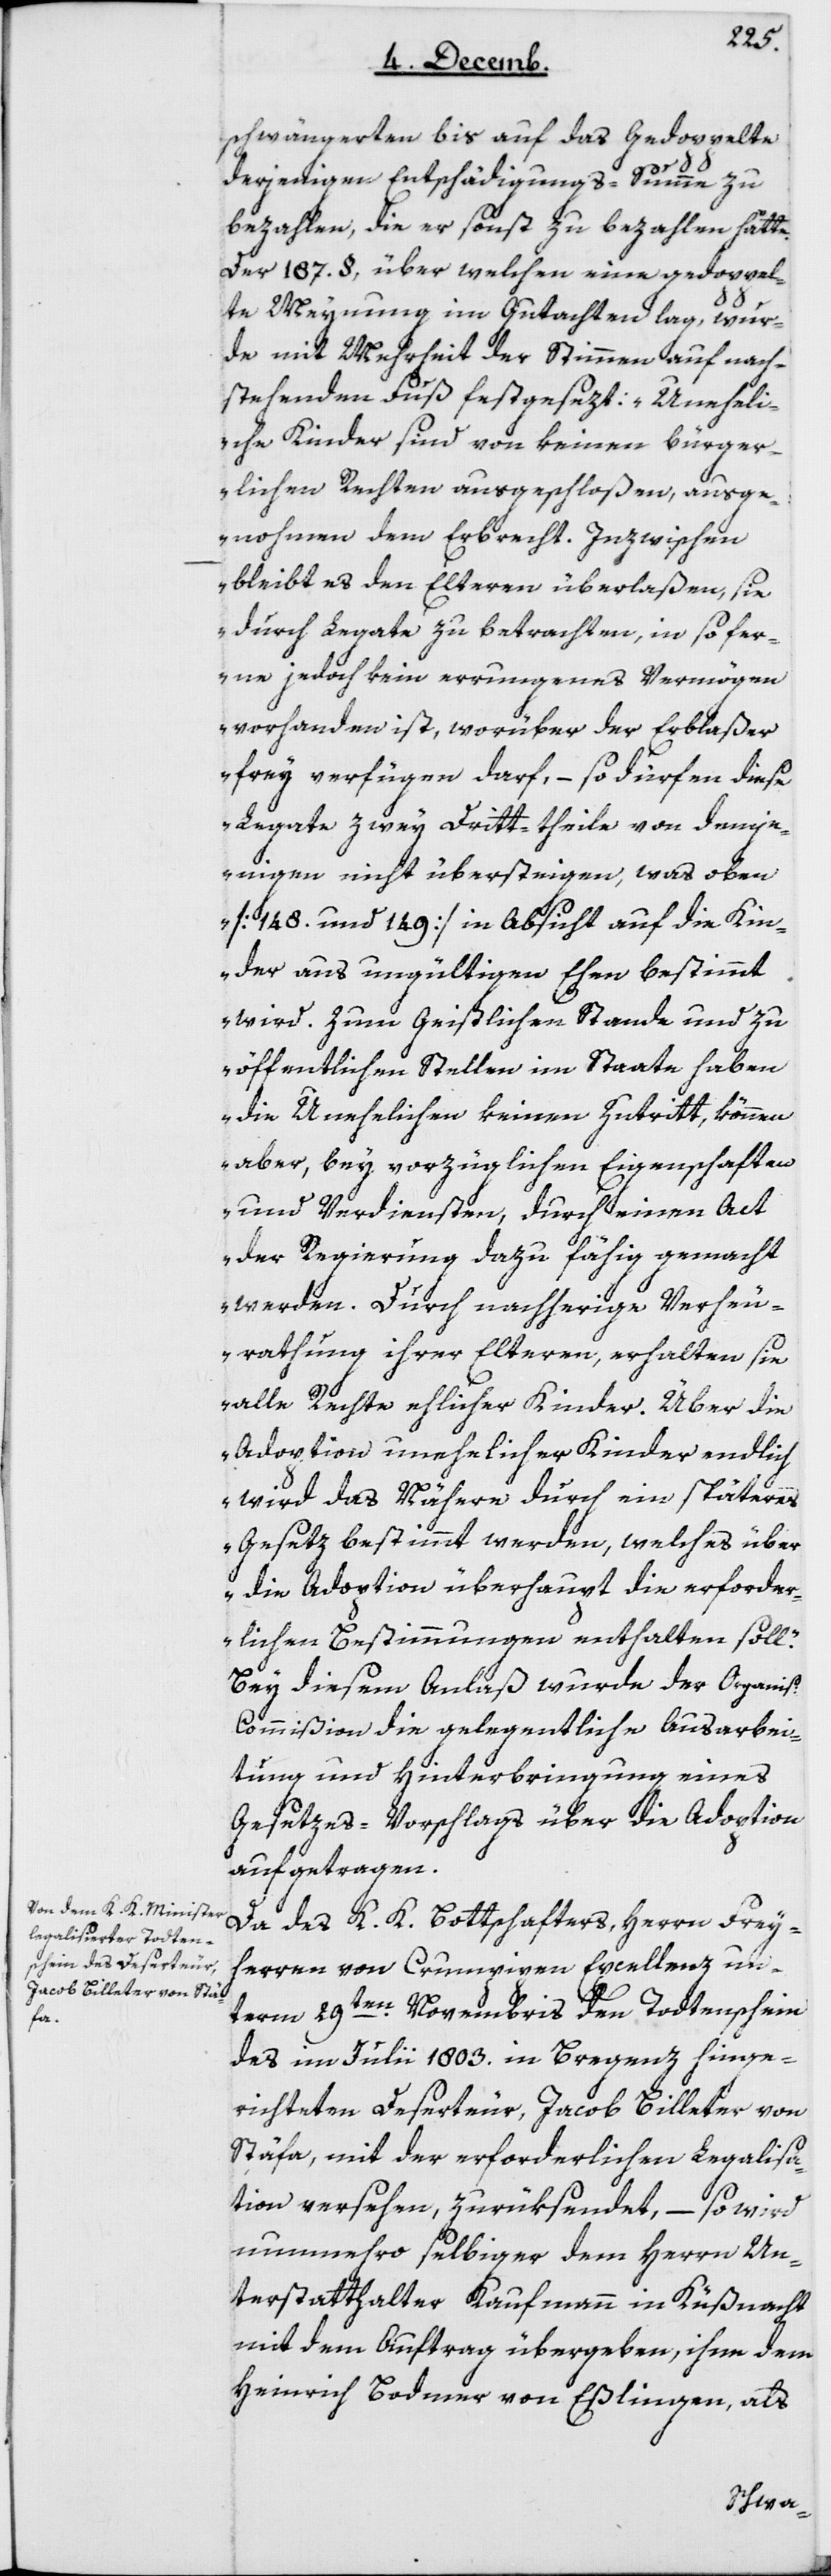
ion¬
schwängerten bis auf das Gedoppelte
derjenigen Entschädigungs-Summe zu
bezahlen, die er sonst zu bezahlen hätte.
Der 187 §, über welchen eine gedoppel¬
te Meynung im Gutachten lag, wur¬
de mit Mehrheit der Stimmen auf nach¬
stehenden Fuß festgesezt: „Unehel¬
iche Kinder sind von keinen bürger¬
lichen Rechten ausgeschloßen, ausge¬
nommen dem Erbrecht. Inzwischen
bleibt es den Elteren überlaßen, sie
durch Legate zu betrachten, insofer¬
ne jedoch kein errungenes Vermögen
vorhanden ist, worüber der Erblaßer
freyverfügen darf, – so dürfen diese
Legate zwey Drittheile von demje¬
nigen nicht übersteigen, was oben
[148 und 149] in Absicht auf die Kin¬
der aus ungültigen Ehen bestimmt
wird. Zum geistlichen Stande und zu
öffentlichen Stellen im Staate haben
die Unehelichen keinen Zutritt, können
aber, bey vorzüglichen Eigenschaften
und Verdiensten, durch einen Act
der Regierung dazu fähig gemacht
werden. Durch nachherige Verheu¬
rathung ihrer Elteren, erhalten sie
alle Rechte ehelicher Kinder. Über die
Adoption unehelicher Kinder endlich
wird das nähere durch ein späteres
Gesetz bestimmt werden, welches über
die Adoption überhaupt die erforder¬
lichen Bestimmungen enthalten soll.“
Bey diesem Anlaß wurde der Organisat¬
s-Commißion die gelegentliche Ausarbei¬
tung und Hinterbringung eines
Gesetzes-Vorschlags über die Adoption
aufgetragen.
Da des K. K. Botschafters, Herren Frey¬
herrn von Crumpipen Excellenz un¬
term 29ten Novembris den Todtenschein
des im Julii 1803 in Bregenz hinge¬
richteten Deserteur, Jacob Billeter von
Stäfa, mit der erforderlichen Legalisa¬
tion versehen, zurüksendet, – so wird
nunmehro selbiger dem Herrn Un¬
terstatthalter Kaufmann in Küßnacht
mit dem Auftrag übergeben, ihne dem
Heinrich Bodmer von Eßlingen, als